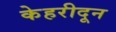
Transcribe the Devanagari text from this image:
केहरीदून